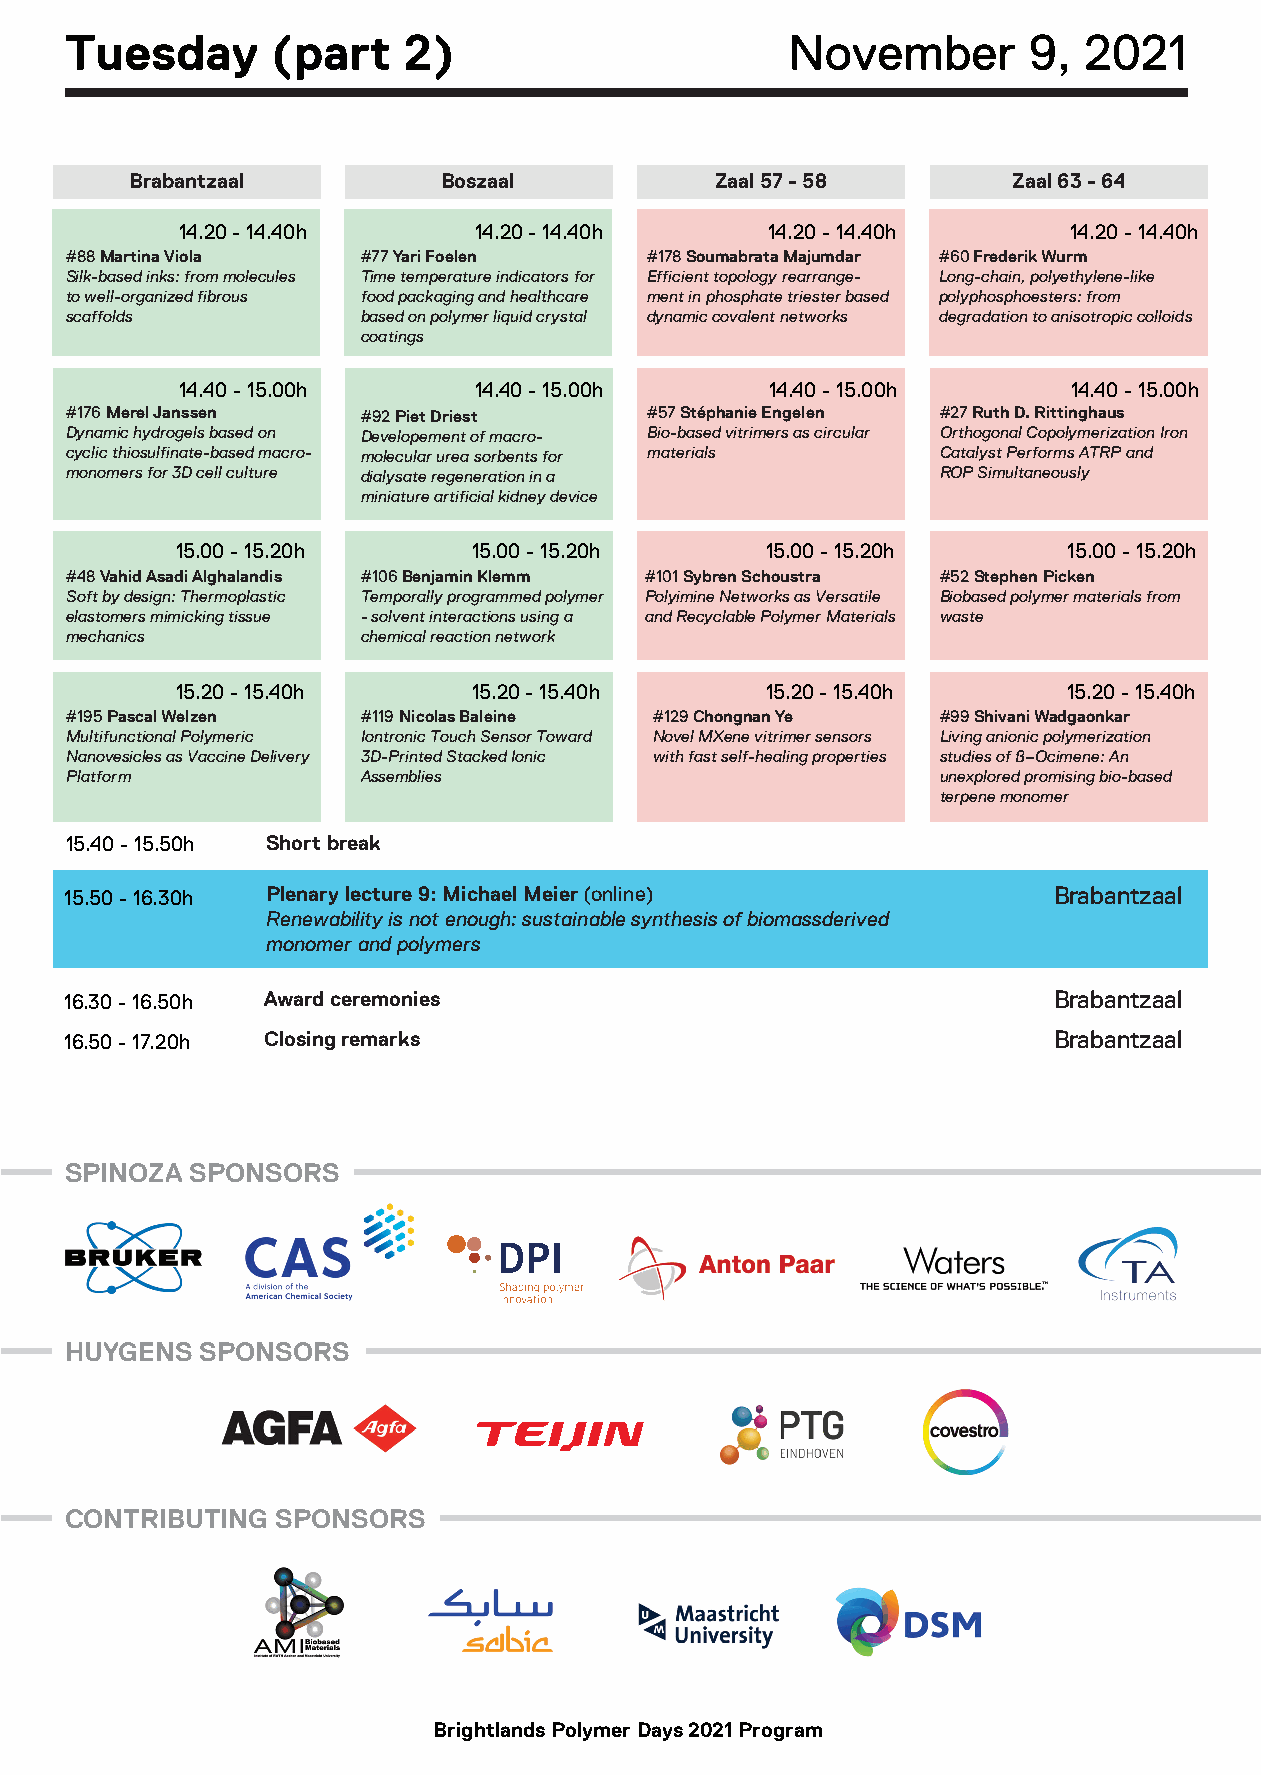
Tuesday       (part    2)                       November        9,  2021
 Brabantzaal         Boszaal           Zaal 57 - 58        Zaal 63 - 64
 14.20 - 14.40h     14.20 - 14.40h      14.20 - 14.40h      14.20 - 14.40h
 #88 Martina Viola   #77 Yari Foelen    #178 Soumabrata Majumdar #60 Frederik Wurm
 Silk-based inks: from molecules Time temperature indicators for Efficient topology rearrange- Long-chain, polyethylene-like
 to well-organized fibrous food packaging and healthcare ment in phosphate triester based polyphosphoesters: from
 scaffolds           based on polymer liquid crystal dynamic covalent networks degradation to anisotropic colloids
 coatings
 14.40 - 15.00h     14.40 - 15.00h      14.40 - 15.00h      14.40 - 15.00h
 #176 Merel Janssen  #92 Piet Driest    #57 Stéphanie Engelen #27 Ruth D. Rittinghaus
 Dynamic hydrogels based on Developement of macro- Bio-based vitrimers as circular Orthogonal Copolymerization Iron
 cyclic thiosulfinate-based macro- molecular urea sorbents for materials Catalyst Performs ATRP and
 monomers for 3D cell culture dialysate regeneration in a  ROP Simultaneously
 miniature artificial kidney device
 15.00 - 15.20h     15.00 - 15.20h      15.00 - 15.20h      15.00 - 15.20h
 #48 Vahid Asadi Alghalandis #106 Benjamin Klemm #101 Sybren Schoustra #52 Stephen Picken
 Soft by design: Thermoplastic Temporally programmed polymer Polyimine Networks as Versatile Biobased polymer materials from
 elastomers mimicking tissue - solvent interactions using a and Recyclable Polymer Materials waste
 mechanics           chemical reaction network
 15.20 - 15.40h     15.20 - 15.40h      15.20 - 15.40h      15.20 - 15.40h
 #195 Pascal Welzen  #119 Nicolas Baleine #129 Chongnan Ye #99 Shivani Wadgaonkar
 Multifunctional Polymeric Iontronic Touch Sensor Toward Novel MXene vitrimer sensors Living anionic polymerization
 Nanovesicles as Vaccine Delivery 3D-Printed Stacked Ionic with fast self-healing properties studies of ß–Ocimene: An
 Platform            Assemblies                            unexplored promising bio-based
 terpene monomer
 15.40 - 15.50h Short break
 15.50 - 16.30h Plenary lecture 9: Michael Meier (online)          Brabantzaal
 Renewability is not enough: sustainable synthesis of biomassderived
 monomer and polymers
 16.30 - 16.50h Award ceremonies                                   Brabantzaal
 16.50 - 17.20h Closing remarks                                    Brabantzaal
 SPINOZA  SPONSORS
 HUYGENS  SPONSORS
 CONTRIBUTING  SPONSORS
 Brightlands Polymer Days 2021 Program